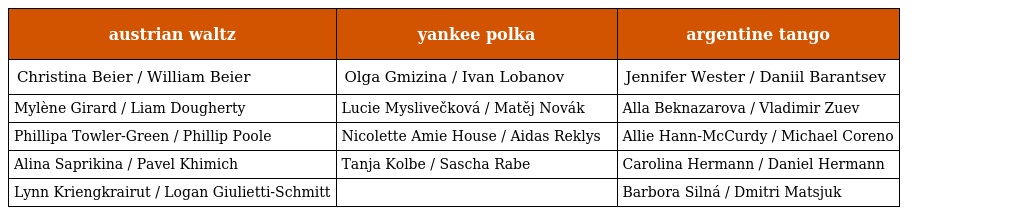
| austrian waltz | yankee polka | argentine tango |
 | --- | --- | --- |
 | Christina Beier / William Beier | Olga Gmizina / Ivan Lobanov | Jennifer Wester / Daniil Barantsev |
 | Mylène Girard / Liam Dougherty | Lucie Myslivečková / Matěj Novák | Alla Beknazarova / Vladimir Zuev |
 | Phillipa Towler-Green / Phillip Poole | Nicolette Amie House / Aidas Reklys | Allie Hann-McCurdy / Michael Coreno |
 | Alina Saprikina / Pavel Khimich | Tanja Kolbe / Sascha Rabe | Carolina Hermann / Daniel Hermann |
 | Lynn Kriengkrairut / Logan Giulietti-Schmitt |  | Barbora Silná / Dmitri Matsjuk |